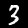
Label: 3